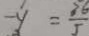
- y = \frac { 3 6 } { 5 }